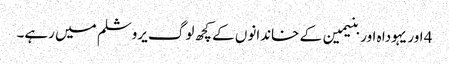
4 اور یہودا ہ اور بنیمین کے خاندانوں کے کچھ لوگ یروشلم میں رہے۔